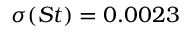
\sigma ( S t ) = 0 . 0 0 2 3